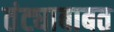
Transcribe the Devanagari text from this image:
तंट्याबाबत